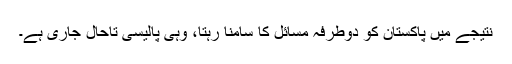
نتیجے میں پاکستان کو دوطرفہ مسائل کا سامنا رہتا، وہی پالیسی تاحال جاری ہے۔